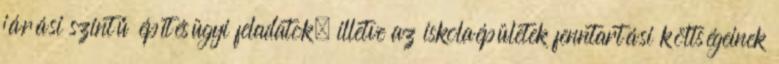
járási szintű építésügyi feladatok, illetve az iskolaépületek fenntartási költségeinek